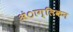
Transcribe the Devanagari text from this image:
अंाग्लिकन